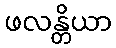
ဖလန္တိယာ